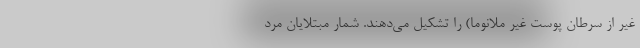
غیر از سرطان پوست غیر ملانوما) را تشکیل می‌دهند. شمار مبتلایان مرد